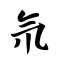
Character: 氘